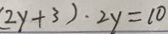
( 2 y + 3 ) \cdot 2 y = 1 0